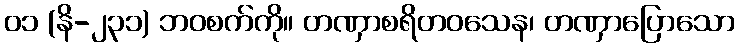
၀၁ (နိ-၂၃၁) ဘဝစက်ကို။ တဏှာစရိတဝသေန၊ တဏှာပြောသော